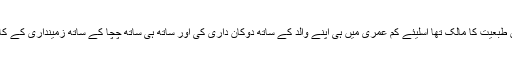
میں چونکہ بہت احساس طبعیت کا مالک تھا اسلیئے کم عمری میں ہی اپنے والد کے ساتھ دوکان داری کی اور ساتھ ہی ساتھ چچا کے ساتھ زمینداری کے کاموں میں مدد کرتا تھا ۔